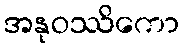
အနုဝဿိကော